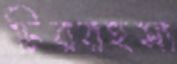
চিররহস্য